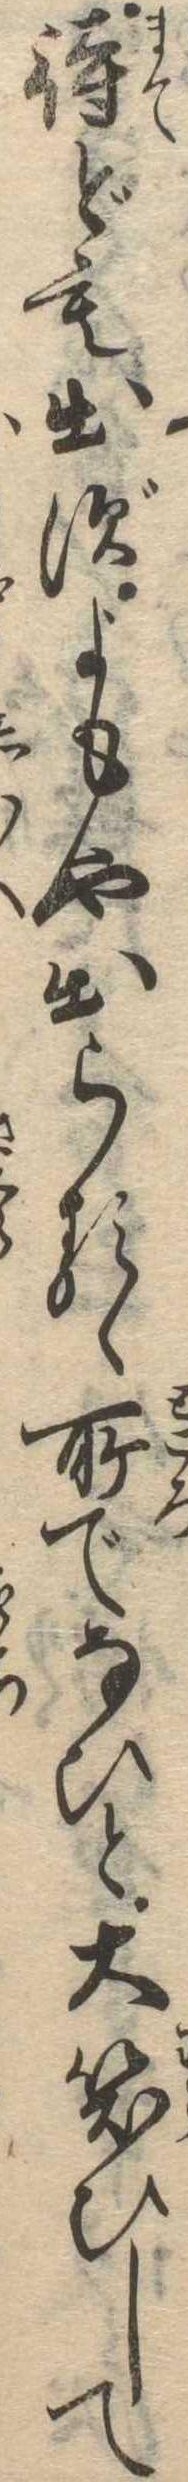
待ども出ずよもや出らるゝ所でなひと大笑ひして